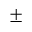
\pm